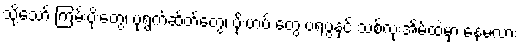
သို့သော် ကြမ်းပိုးတွေ၊ ပုရွက်ဆိတ်တွေ၊ ပိုးဟပ် တွေ ဗရပွနှင့် သစ်လုံးအိမ်ထဲမှာ နေမလား